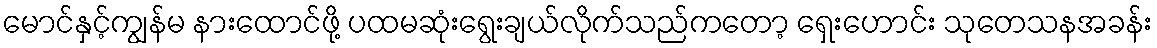
မောင်နှင့်ကျွန်မ နားထောင်ဖို့ ပထမဆုံးရွေးချယ်လိုက်သည်ကတော့ ရှေးဟောင်း သုတေသနအခန်း